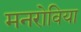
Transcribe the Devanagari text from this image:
मनरोविया